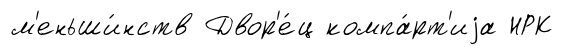
м'еньши́нств Двор'е́ц компа́рт'иjа НРК